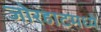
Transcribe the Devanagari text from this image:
जोरहाटमध्ये